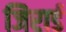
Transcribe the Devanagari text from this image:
जिरार्ड